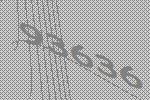
93636